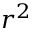
r ^ { 2 }